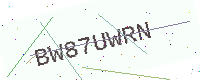
Text: BW87UWRN